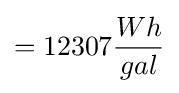
=12307{\frac {Wh}{gal}}